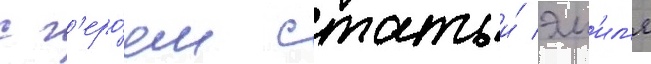
с г'еро́ем статьи́ эм'ил'я